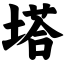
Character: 塔